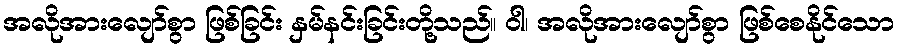
အလိုအားလျော်စွာ ဖြစ်ခြင်း နှမ်နင်းခြင်းတို့သည်။ ဝါ၊ အလိုအားလျော်စွာ ဖြစ်စေနိုင်သော